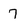
Character: 7